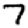
Digit: 7